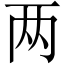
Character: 两